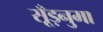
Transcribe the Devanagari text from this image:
सूँड़नुमा